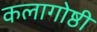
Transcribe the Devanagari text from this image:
कलागोष्ठी